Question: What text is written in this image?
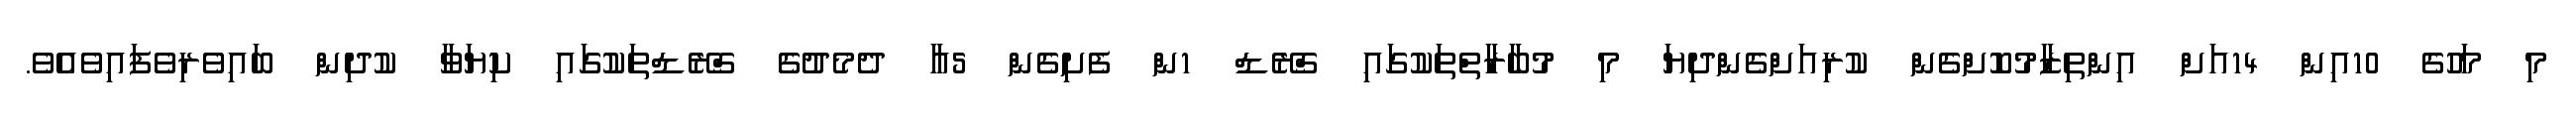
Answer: މި މަހުގެ 10އިން 14އަށް އިންތިޒާމުކޮށްގެން ކުރިއަށްގެންދިޔަ މި މުބާރާތްތަކުގައި ގްރޭޑް 1ން ފެށިގެން 5އާ ދެމެދުގެ ގްރޭޑްތަކުގައި ކިޔަވާ ކުދިން ބައިވެރިވެފައިވެއެވެ.